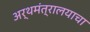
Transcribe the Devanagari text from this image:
अर्थमंत्रालयाचा